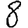
Digit: 8